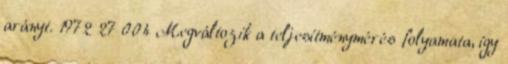
arányt. 1972 27 004 Megváltozik a teljesítménymérés folyamata, így